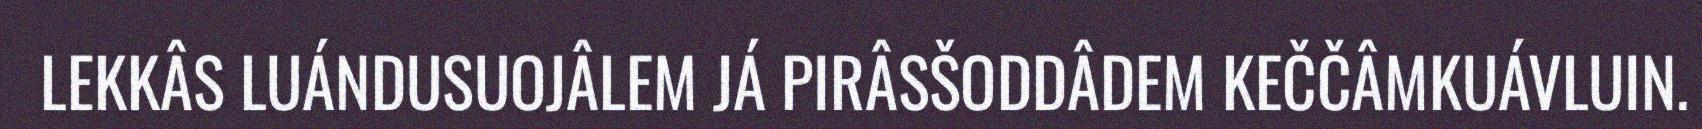
LEKKÂS LUÁNDUSUOJÂLEM JÁ PIRÂSŠODDÂDEM KEČČÂMKUÁVLUIN.